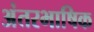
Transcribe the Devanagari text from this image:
अंतरभाषिक